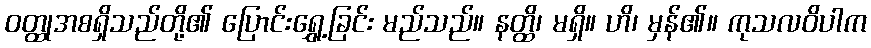
ဝတ္ထုအစရှိသည်တို့၏ ပြောင်းရွှေ့ခြင်း မည်သည်။ နတ္ထိ၊ မရှိ။ ဟိ၊ မှန်၏။ ကုသလဝိပါက